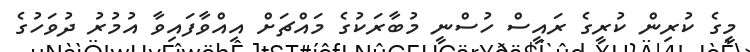
މީގެ ކުރިން ކުރީގެ ރައީސް ހުސްނީ މުބާރަކުގެ މައްޗަށް އިއްވާފައިވާ އުމުރު ދުވަހުގެ